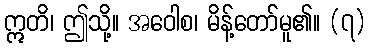
ဣတိ၊ ဤသို့။ အဝေါစ၊ မိန့်တော်မူ၏။ (၇)